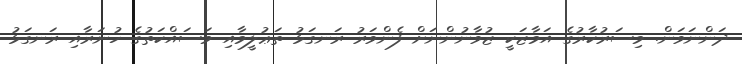
ދަންނަވަން. މިސަރުކާރުގެ އަމާޒަކީ ޒުވާނުންނަށް ފެންވަރު ރަނގަޅު ތަޢުލީމާއި މަސައްކަތުގެ ހުނަރާއި ރަނގަޅު